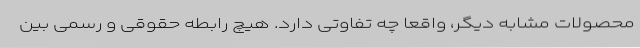
محصولات مشابه دیگر، واقعا چه تفاوتی دارد. هیچ رابطه حقوقی و رسمی بین